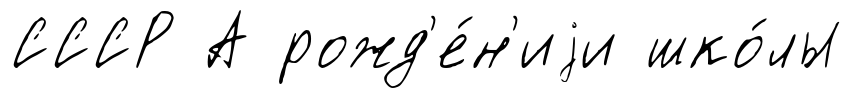
СССР А рожд'е́н'иjи шко́лы